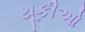
યૂકીઓ